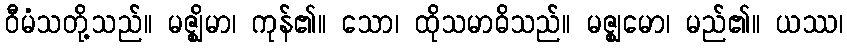
ဝီမံသတို့သည်။ မဇ္ဈိမာ၊ ကုန်၏။ သော၊ ထိုသမာဓိသည်။ မဇ္ဈမော၊ မည်၏။ ယဿ၊